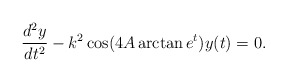
\begin{align*}\frac{d^2y}{d t^2}-k^2\cos(4A\arctan e^t)y(t)=0.\end{align*}